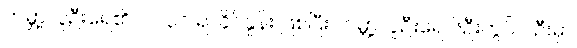
ကမ္ဘာ့လူဦးရေ၏ ၁၇.၃၁ ရာခိုင်နှုန်း ဖြစ်ပြီး ကမ္ဘာ့လူဦးရေ ၆ဦးတွင် ၁ဦးမှာ